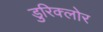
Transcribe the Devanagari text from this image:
डुरिक्लोर